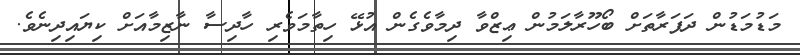
މަޑުމަޑުން ދަފަރާތަށް ބޯހޫރާލަމުން ޢިޒްވާ ދިމާވެގެން އުޅޭ ހިތާމަވެރި ހާދިސާ ނާޒިމާއަށް ކިޔައިދިނެވެ.